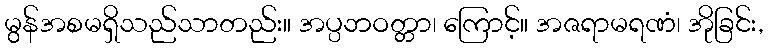
မွန်အစမရှိသည်သာတည်း။ အပ္ပဘဝတ္တာ၊ ကြောင့်။ အဇရာမရဏံ၊ အိုခြင်း,